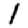
Digit: 1